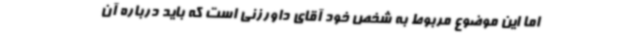
اما این موضوع مربوط به شخص خود آقای داورزنی است که باید درباره آن